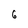
Character: 6